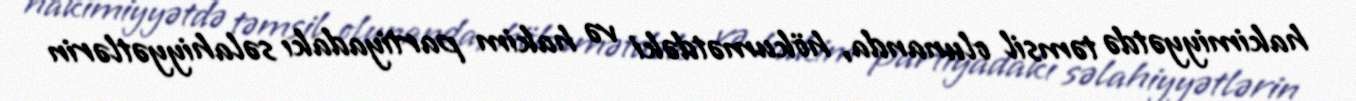
hakimiyyətdə təmsil olunanda, hökumətdəki və hakim partiyadakı səlahiyyətlərin